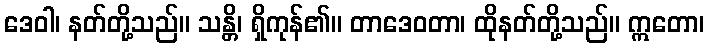
ဒေဝါ၊ နတ်တို့သည်။ သန္တိ၊ ရှိကုန်၏။ တာဒေဝတာ၊ ထိုနတ်တို့သည်။ ဣတော၊